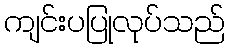
ကျင်းပပြုလုပ်သည်